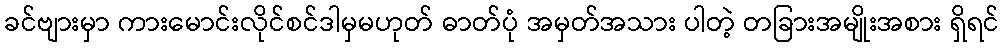
ခင်ဗျားမှာ ကားမောင်းလိုင်စင်ဒါမှမဟုတ် ဓာတ်ပုံ အမှတ်အသား ပါတဲ့ တခြားအမျိုးအစား ရှိရင်